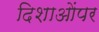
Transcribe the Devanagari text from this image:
दिशाओंपर